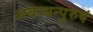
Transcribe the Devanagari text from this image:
अबन्धन्पुरुषं